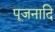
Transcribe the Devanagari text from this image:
पूजनादि